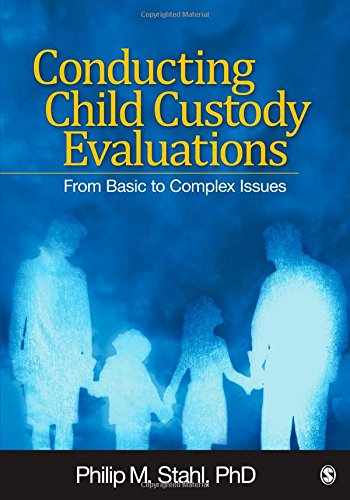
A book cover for Conducting Child Custody Evaluations: From Basic to Complex Issues; Philip M. Stahl; Health, Fitness & Dieting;